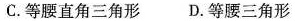
C.等腰直角三角形 D.等腰三角形